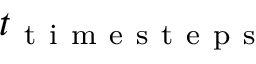
t _ { \mathrm { ~ t ~ i ~ m ~ e ~ s ~ t ~ e ~ p ~ s ~ } }